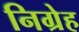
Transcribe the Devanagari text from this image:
निग्रेह